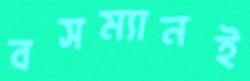
বসম্যানই